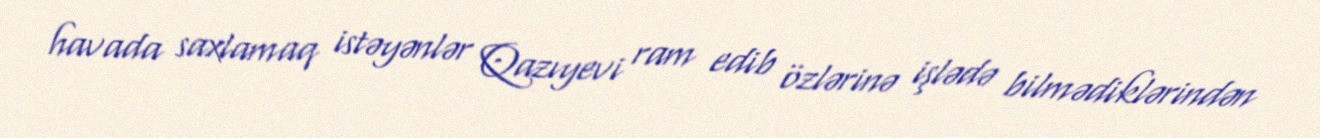
havada saxlamaq istəyənlər Qazıyevi ram edib özlərinə işlədə bilmədiklərindən